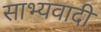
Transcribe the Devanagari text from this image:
साभ्यवादी